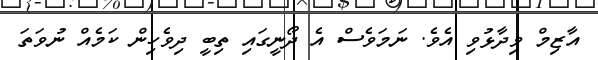
އާޒިމް ވިދާޅުވި އެވެ. ނަމަވެސް އެ ދޯނީގައި ތިބީ ދިވެހިން ކަމެއް ނުވަތަ